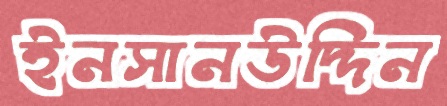
ইনসানউদ্দিন